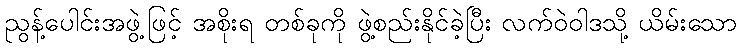
ညွန့်ပေါင်းအဖွဲ့ဖြင့် အစိုးရ တစ်ခုကို ဖွဲ့စည်းနိုင်ခဲ့ပြီး လက်ဝဲဝါဒသို့ ယိမ်းသော